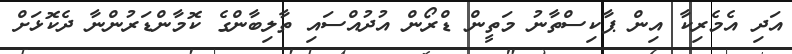
އަދި އެމެރިކާ އިން ޕާކިސްތާނު މަތީން ޑްރޯން އުދުއްސައި ތާލިބާންގެ ކޮމާންޑަރުންނާ ދެކޮޅަށް